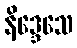
နိဒ္ဒေသေ